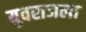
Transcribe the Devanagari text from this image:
युवराजला